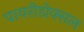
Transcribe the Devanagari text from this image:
पायरीडोक्सल